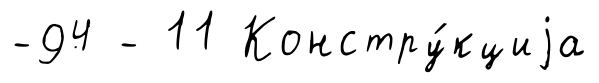
-94 - 11 Констру́кциjа